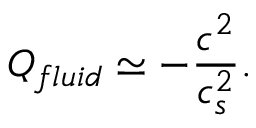
Q _ { f l u i d } \simeq - \frac { c ^ { 2 } } { c _ { s } ^ { 2 } } .